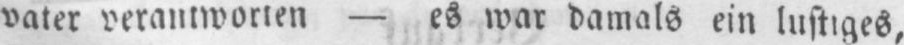
vater verantworten - es war damals ein lustiges,